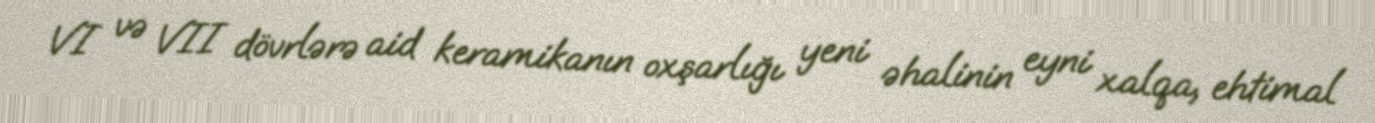
VI və VII dövrlərə aid keramikanın oxşarlığı yeni əhalinin eyni xalqa, ehtimal